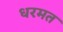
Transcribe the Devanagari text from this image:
धरमत